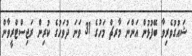
ޝައުގުވެރިވާ ބޭފުޅުން އަންނަ މާރޗް މަހުގެ 31 ވަނަ ދުވަހުގެ ކުރިން ރަޖިސްޓްރީވާން